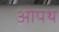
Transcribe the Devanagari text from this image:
ओपथ